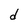
Character: d